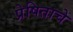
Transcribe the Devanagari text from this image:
प्रेषिताचे